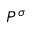
P ^ { \sigma }